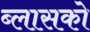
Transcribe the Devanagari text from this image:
ब्लासको